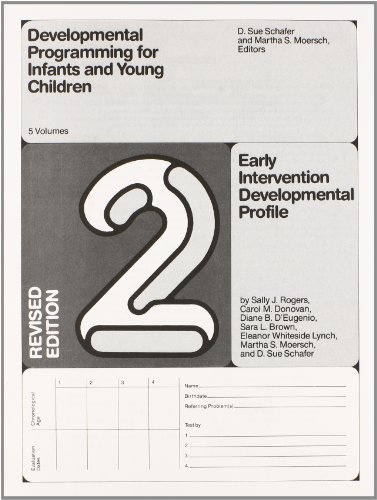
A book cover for Developmental Programming for Infants and Young Children: Volume 2. Early Intervention Developmental Profile. Revised; Medical Books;